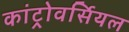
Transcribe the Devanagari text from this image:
कांट्रोवर्सियल